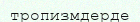
тропизмдерде